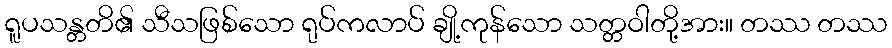
ရူပသန္တတိ၏ သီသဖြစ်သော ရုပ်ကလာပ် ချို့ကုန်သော သတ္တဝါတို့အား။ တဿ တဿ